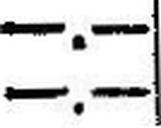
—.—